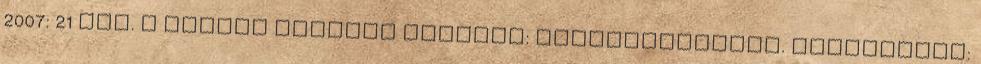
2007: 21 old. ↑ Gedeon Richter Románia: Marosvásárhely. Hozzáférés: